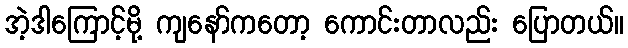
အဲ့ဒါကြောင့်မို့ ကျနော်ကတော့ ကောင်းတာလည်း ပြောတယ်။